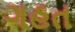
ગહત